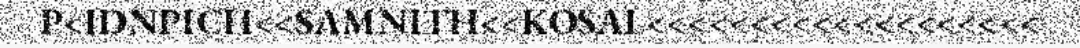
P<IDNPICH<<SAMNITH<<KOSAL<<<<<<<<<<<<<<<<<<<